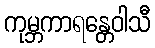
ကုမ္ဘကာရန္တေဝါသီ